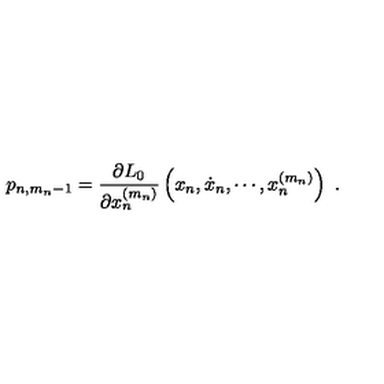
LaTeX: p _ { n , m _ { n } - 1 } = \frac { \partial L _ { 0 } } { \partial x _ { n } ^ { ( m _ { n } ) } } \left( x _ { n } , \dot { x } _ { n } , \cdots , x _ { n } ^ { ( m _ { n } ) } \right) \ .